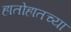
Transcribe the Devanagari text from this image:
हातोहातच्या